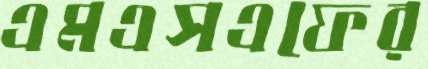
এমএসএফের